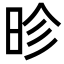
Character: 昣